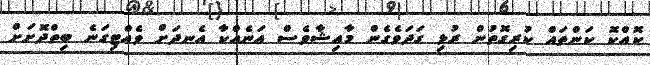
ކޮއްކޮ ކަންތައް ކުރިގޮތުން ރުޅި ގަދަވެގެން މާއިޝާވެސް އަނެއްކާ އެނދަށް ވެއްޓިގަނެ ބިތްދޮަށަށް